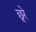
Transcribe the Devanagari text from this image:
छूरे